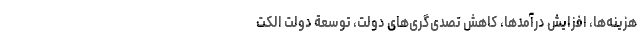
هزینه‌ها، افزایش درآمدها، کاهش تصدی‌گری‌های دولت، توسعة دولت الکت